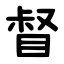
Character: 督